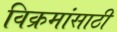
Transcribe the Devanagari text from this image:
विक्रमांसाठी